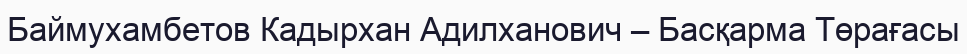
Баймухамбетов Кадырхан Адилханович – Басқарма Төрағасы